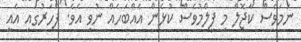
ނަމަވެސް ކާޖޮލް މި ފިލްމުވެސް ކުޅެން އެއްބަހެއް ނުވި އެވެ. ފަހަރުގައި އެއީ